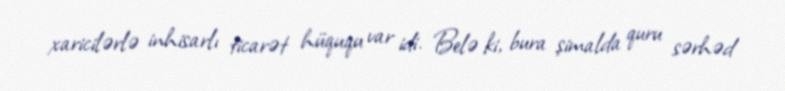
xaricilərlə inhisarlı ticarət hüququ var idi. Belə ki, bura şimalda quru sərhəd